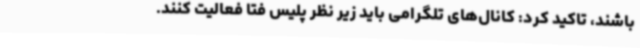
باشند، تاکید کرد: کانال‌های تلگرامی باید زیر نظر پلیس فتا فعالیت کنند.